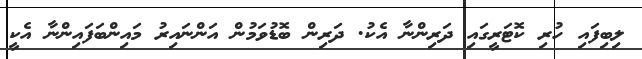
ލިބިފައި ހުރި ކޮޓަރީގައި ދަރިންނާ އެކު. ދަރިން ބޮޑުވަމުން އަންނައިރު މައިންބަފައިންނާ އެކީ